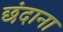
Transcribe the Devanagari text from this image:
छंदाना